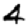
Digit: 4